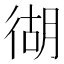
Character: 𱝴